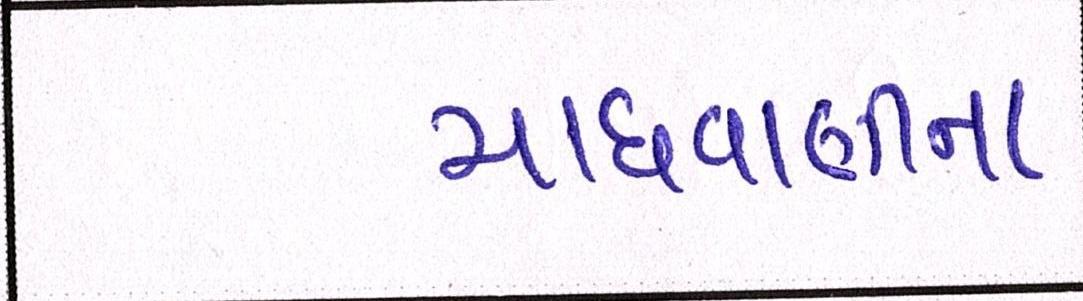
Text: માધવાણીના